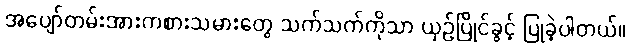
အပျော်တမ်းအားကစားသမားတွေ သက်သက်ကိုသာ ယှဉ်ပြိုင်ခွင့် ပြုခဲ့ပါတယ်။